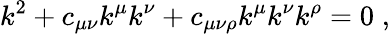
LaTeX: k^{2}+c_{\mu\nu}k^{\mu}k^{\nu}+c_{\mu\nu\rho}k^{\mu}k^{\nu}k^{\rho}=0\; ,